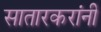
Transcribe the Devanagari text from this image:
सातारकरांनी